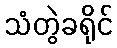
သံတွဲခရိုင်